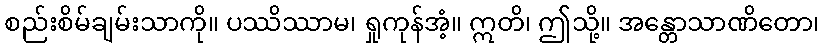
စည်းစိမ်ချမ်းသာကို။ ပဿိဿာမ၊ ရှုကုန်အံ့။ ဣတိ၊ ဤသို့။ အန္တောသာဏိတော၊